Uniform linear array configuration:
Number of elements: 64
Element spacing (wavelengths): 0.25
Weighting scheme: uniform
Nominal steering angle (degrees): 30
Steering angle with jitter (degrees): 30.453
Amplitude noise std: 0.05
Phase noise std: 0.05

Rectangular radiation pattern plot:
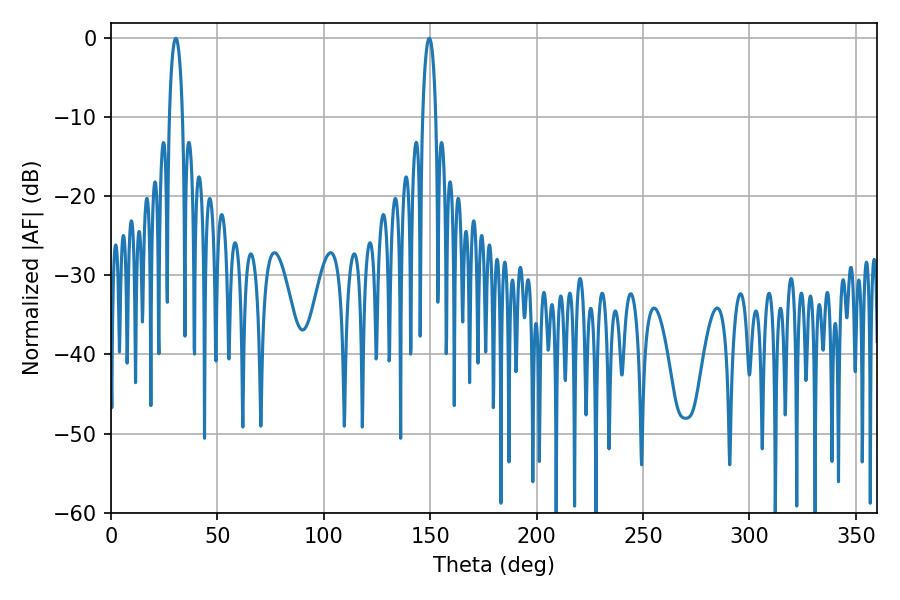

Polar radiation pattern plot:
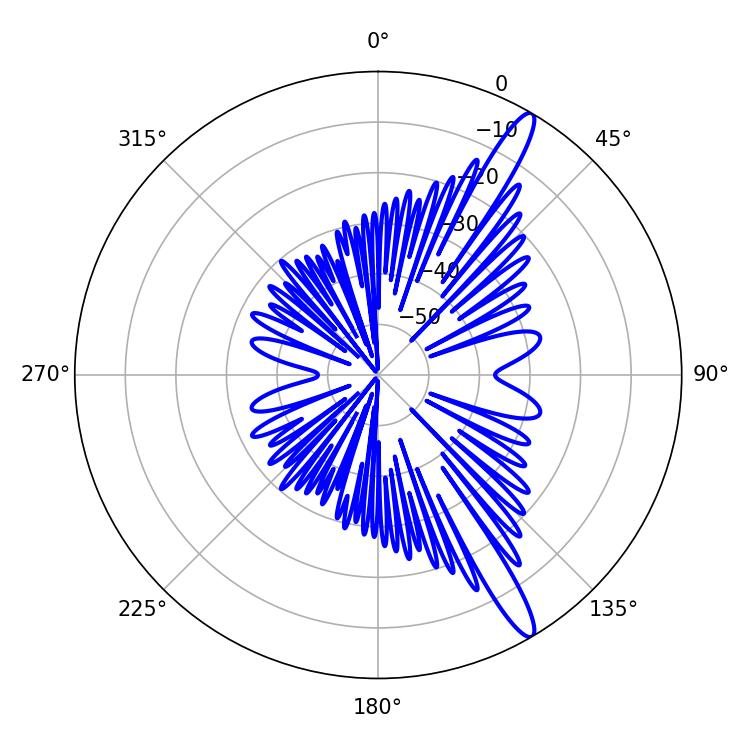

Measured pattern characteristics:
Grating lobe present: FALSE
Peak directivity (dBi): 14.358
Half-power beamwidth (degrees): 3.42
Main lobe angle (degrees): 30.42